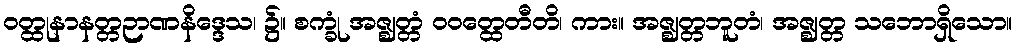
ဝတ္ထုနာနတ္တဉာဏနိဒ္ဒေသ၊ ၌။ စက္ခုံ အဇ္ဈတ္တံ ဝဝတ္ထေတီတိ၊ ကား။ အဇ္ဈတ္တဘူတံ၊ အဇ္ဈတ္တ သဘောရှိသော။